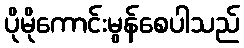
ပိုမိုကောင်းမွန်စေပါသည်